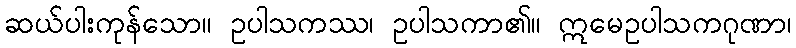
ဆယ်ပါးကုန်သော။ ဥပါသကဿ၊ ဥပါသကာ၏။ ဣမေဥပါသကဂုဏာ၊